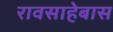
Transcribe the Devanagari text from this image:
रावसाहेबास